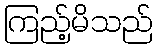
ကြည့်မိသည်